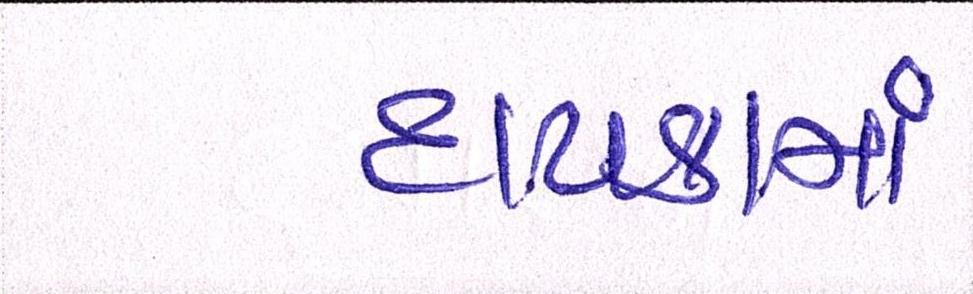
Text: દાયકામાં